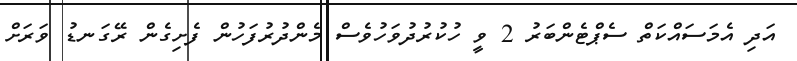
އަދި އެމަސައްކަތް ސެޕްޓެންބަރު 2 ވީ ހުކުރުދުވަހުވެސް މެންދުރުފަހުން ފެށިގެން ރޭގަނޑު ވަރަށް